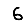
Digit: 6